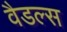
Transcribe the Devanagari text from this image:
वैडल्स